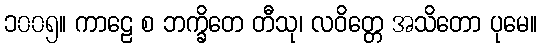
၁၀၀၅။ ကာဠေ စ ဘက္ခိတေ တီသု၊ လဝိတ္တေ အသိတော ပုမေ။